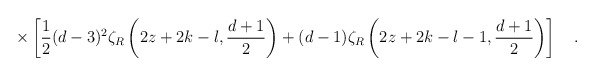
\begin{align*}\times \left[\frac 12 (d-3)^2\zeta_R\left(2z+2k-l,{d+1 \over 2}\right)+(d-1)\zeta_R\left(2z+2k-l-1,{d+1 \over 2}\right) \right] ~~~.\end{align*}